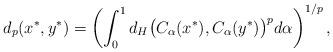
LaTeX: \begin{align*}d_p(x^*,y^*)=\left(\int_0^1d_H\bigl(C_\alpha(x^*),C_\alpha(y^*)\bigr)^pd\alpha\right)^{1\slash p},\end{align*}